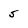
Character: 5